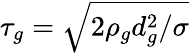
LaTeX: \tau_{g}=\sqrt{2\rho_{g}d_{g}^{2}/\sigma}